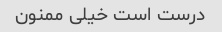
درست است خیلی ممنون